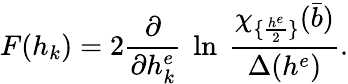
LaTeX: F(h_{k})=2{\frac{\partial}{\partial h_{k}^{e}}}~\ln\ {\frac{\chi_{\{ {\frac{h^{e}}{2}}\} }({\bar{b}})}{\Delta(h^{e})}}.